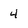
Character: 4